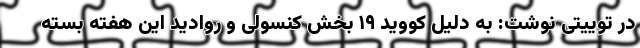
در توییتی نوشت: به دلیل کووید ۱۹ بخش کنسولی و روادید این هفته بسته